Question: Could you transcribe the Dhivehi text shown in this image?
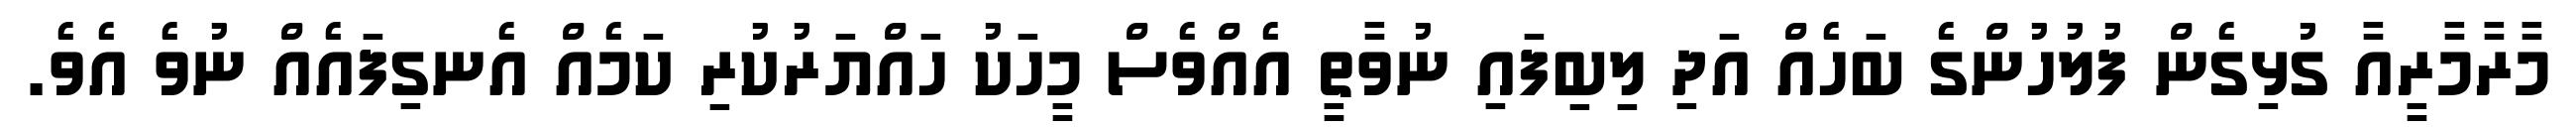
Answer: މާރާމާރީއާ ގުޅިގެން ފުލުހުންގެ ބަހެއް އަދި ލިބިފައި ނުވާތީ އެއްވެސް މީހަކު ހައްޔަރުކުރި ކަމެއް އެނގިފައެއް ނުވެ އެވެ.